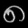
Digit: ၈